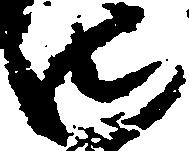
御